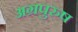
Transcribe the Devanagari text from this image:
अग्रपुरुष